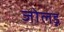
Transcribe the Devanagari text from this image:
जोलड़